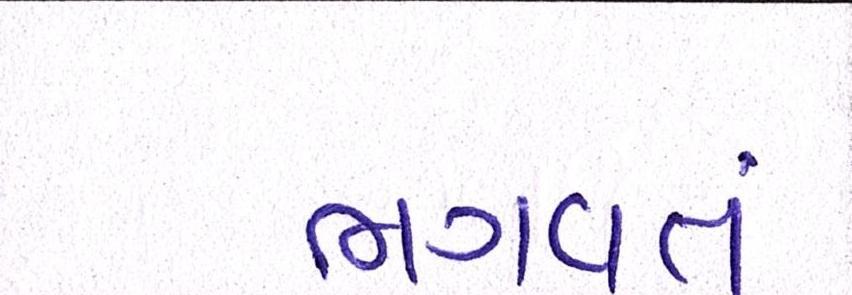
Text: ભગવતં